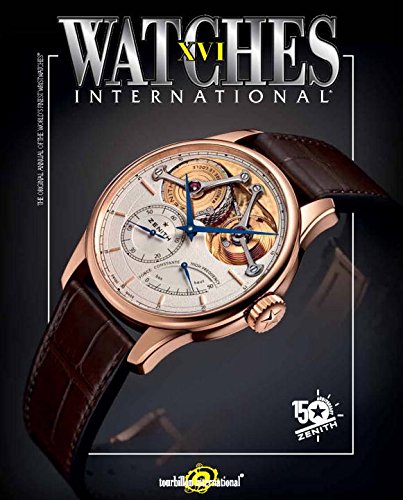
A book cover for Watches International XVI; Tourbillon International; Crafts, Hobbies & Home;